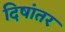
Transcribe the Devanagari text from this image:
दिषांतर